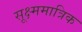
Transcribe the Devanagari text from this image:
सूक्ष्ममात्रिक